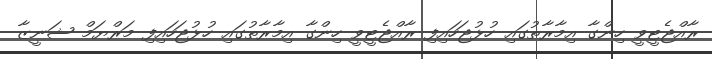
ރާއްޖެޓީވީ ހިންގާ އިމާރާތުގައި ހުޅުޖަހައިފި ރާއްޖެޓީވީ ހިންގާ އިމާރާތުގައި ހުޅުޖަހައިފި މަރްޔަމް ޝަނީޒާ